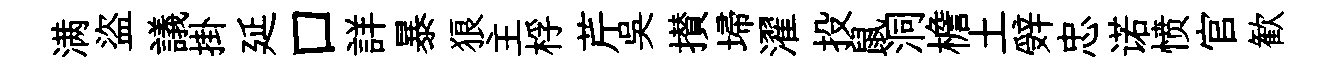
满盜議掛延口詳暴狼主桴芹吴攅埽濯投鼠洞檐土辤忠诺愤官歓